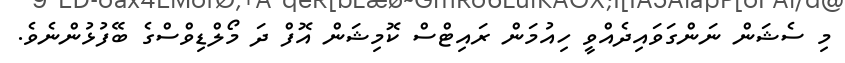
މި ސެޝަން ނަންގަވައިދެއްވީ ހިއުމަން ރައިޓްސް ކޮމިޝަން އޮފް ދަ މޯލްޑިވްސްގެ ބޭފުޅުންނެވެ.